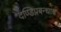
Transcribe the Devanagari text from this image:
दण्डिप्रबन्धाश्च